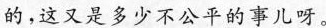
的，这又是多少不公平的事儿呀。